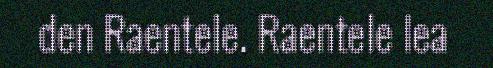
den Raentele. Raentele lea